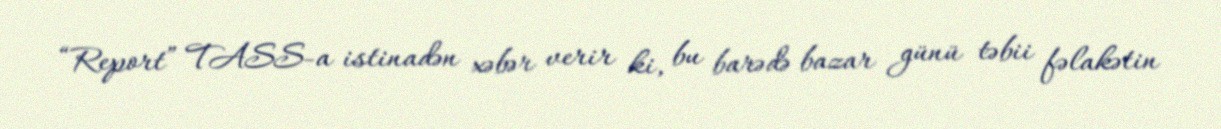
“Report” TASS-a istinadən xəbər verir ki, bu barədə bazar günü təbii fəlakətin